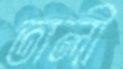
তালী